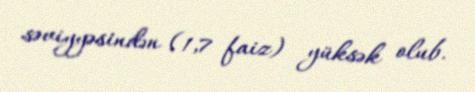
səviyyəsindən (1,7 faiz) yüksək olub.